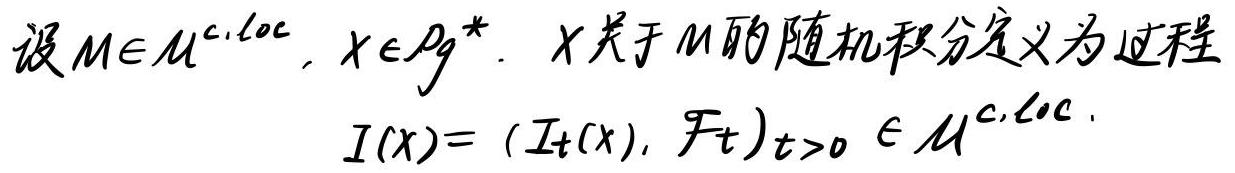
设$M\in \mathcal{M}^{c,\mathrm{loc}}, X\in \mathcal{P}g^{*}$. $X$关于$M$的随机积分定义为过程
\[
I(X)=(I_t(X), \mathcal{F}_t)_{t > 0}\in \mathcal{M}^{c,\mathrm{loc}}.
\]